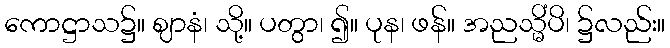
ကောဋ္ဌာသ၌။ ဈာနံ၊ သို့။ ပတွာ၊ ၍။ ပုန၊ ဖန်။ အညသ္မိံပိ၊ ၌လည်း။